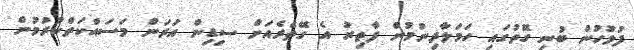
ފުލުހުން ބުނި ގޮތުގައި ހަމަލާދިނުމުން ފާތިރު އެ ގޭތެރެއަށް ސިޑިން އަރަން މަސައްކަތްކުރުމުން